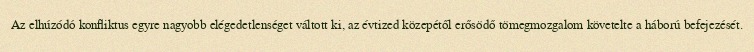
Az elhúzódó konfliktus egyre nagyobb elégedetlenséget váltott ki, az évtized közepétől erősödő tömegmozgalom követelte a háború befejezését.